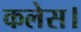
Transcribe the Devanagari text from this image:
कलेस।